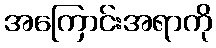
အကြောင်းအရာကို